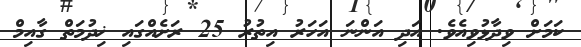
ކަމަށް ވިދާޅުވިއެވެ. އަދި އަންނަ އަހަރު އިތުރު 25 ރަށެއްގައި ޚިދުމަތް ގާއިމް